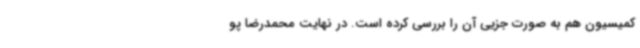
کمیسیون هم به صورت جزیی آن را بررسی کرده است. در نهایت محمدرضا پو